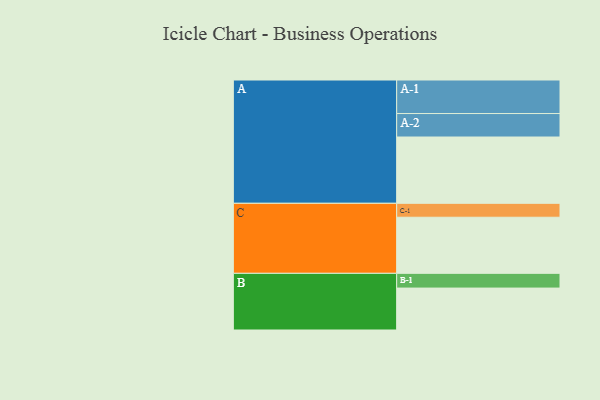
{"axis": {"x": "Segment", "y": "Value"}, "legend": ["", "A", "B", "C"], "data": [{"x": "A", "y": 585, "type": ""}, {"x": "B", "y": 370, "type": ""}, {"x": "C", "y": 495, "type": ""}, {"x": "A-1", "y": 296, "type": "A"}, {"x": "A-2", "y": 207, "type": "A"}, {"x": "B-1", "y": 130, "type": "B"}, {"x": "C-1", "y": 123, "type": "C"}]}